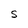
Character: S